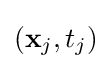
(\mathbf {x} _{j},t_{j})